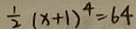
\frac { 1 } { 2 } ( x + 1 ) ^ { 4 } = 6 4